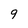
Character: 9